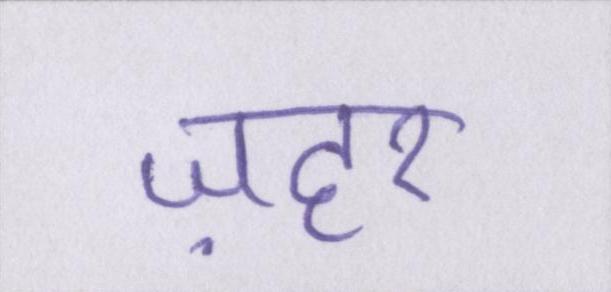
ज़हर